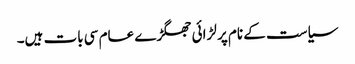
‏ سیاست کے نام پر لڑائی جھگڑے عام سی بات ہیں۔